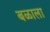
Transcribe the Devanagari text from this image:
बळाला